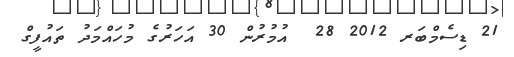
21 ޑިސެމްބަރ 2012 28  އުމުރުން 30 އަހަރުގެ މުހައްމަދު ތައުފީގް